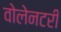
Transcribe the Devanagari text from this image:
वोलेनटरी